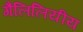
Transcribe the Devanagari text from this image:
गैलिलियीय